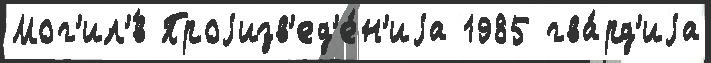
Мог'ил'́в Проjизв'ед'е́н'иjа 1985 гва́рд'иjа